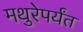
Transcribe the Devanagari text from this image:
मथुरेपर्यंत